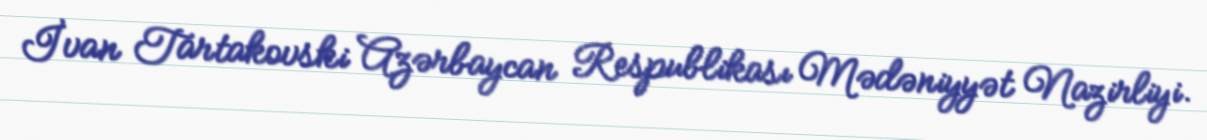
İvan Tartakovski Azərbaycan Respublikası Mədəniyyət Nazirliyi.